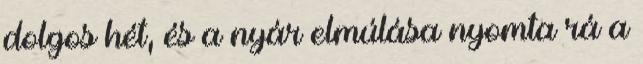
dolgos hét, és a nyár elmúlása nyomta rá a